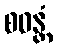
စဝန္တံ